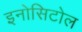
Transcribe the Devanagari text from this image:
इनोसिटोल